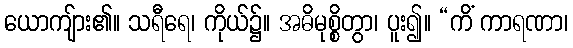
ယောကျ်ား၏။ သရီရေ၊ ကိုယ်၌။ အဓိမုစ္စိတွာ၊ ပူး၍။ “ကိံ ကာရဏာ၊